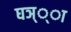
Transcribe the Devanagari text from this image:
घञ््‌ा